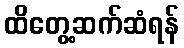
ထိတွေ့ဆက်ဆံရန်